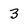
Character: 3